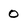
Character: 0